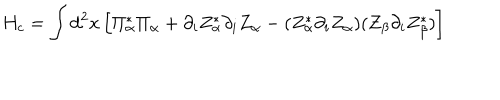
H _ { c } = \int \mathrm { d } ^ { 2 } x \left[ \Pi _ { \alpha } ^ { * } \Pi _ { \alpha } + \partial _ { i } Z _ { \alpha } ^ { * } \partial _ { i } Z _ { \alpha } - ( Z _ { \alpha } ^ { * } \partial _ { i } Z _ { \alpha } ) ( Z _ { \beta } \partial _ { i } Z _ { \beta } ^ { * } ) \right]